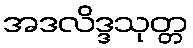
အဒလိဒ္ဒသုတ္တ